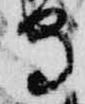
守